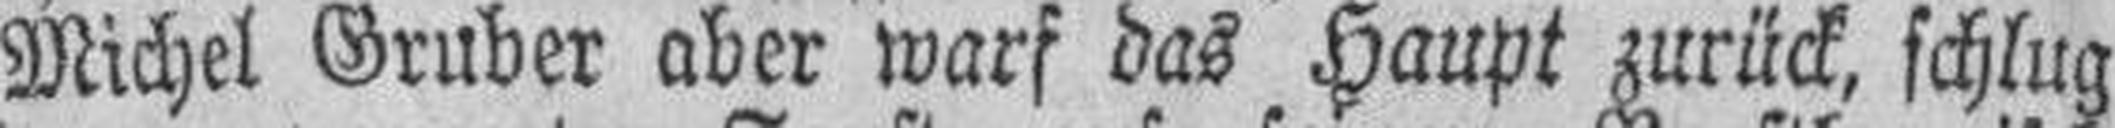
Michel Gruber aber warf das Haupt zurück, schlug